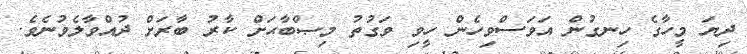
ދިޔަ މީހާގެ ހިނގުން އަވަސްވިހެން ހީވި ވަގުތު މިޞްބާޙަށް ކާރު ބާރަށް ދުއްވާލެވުނެވެ.